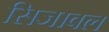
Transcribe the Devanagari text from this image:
सिजावल